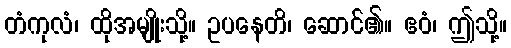
တံကုလံ၊ ထိုအမျိုးသို့။ ဥပနေတိ၊ ဆောင်၏။ ဧဝံ၊ ဤသို့။